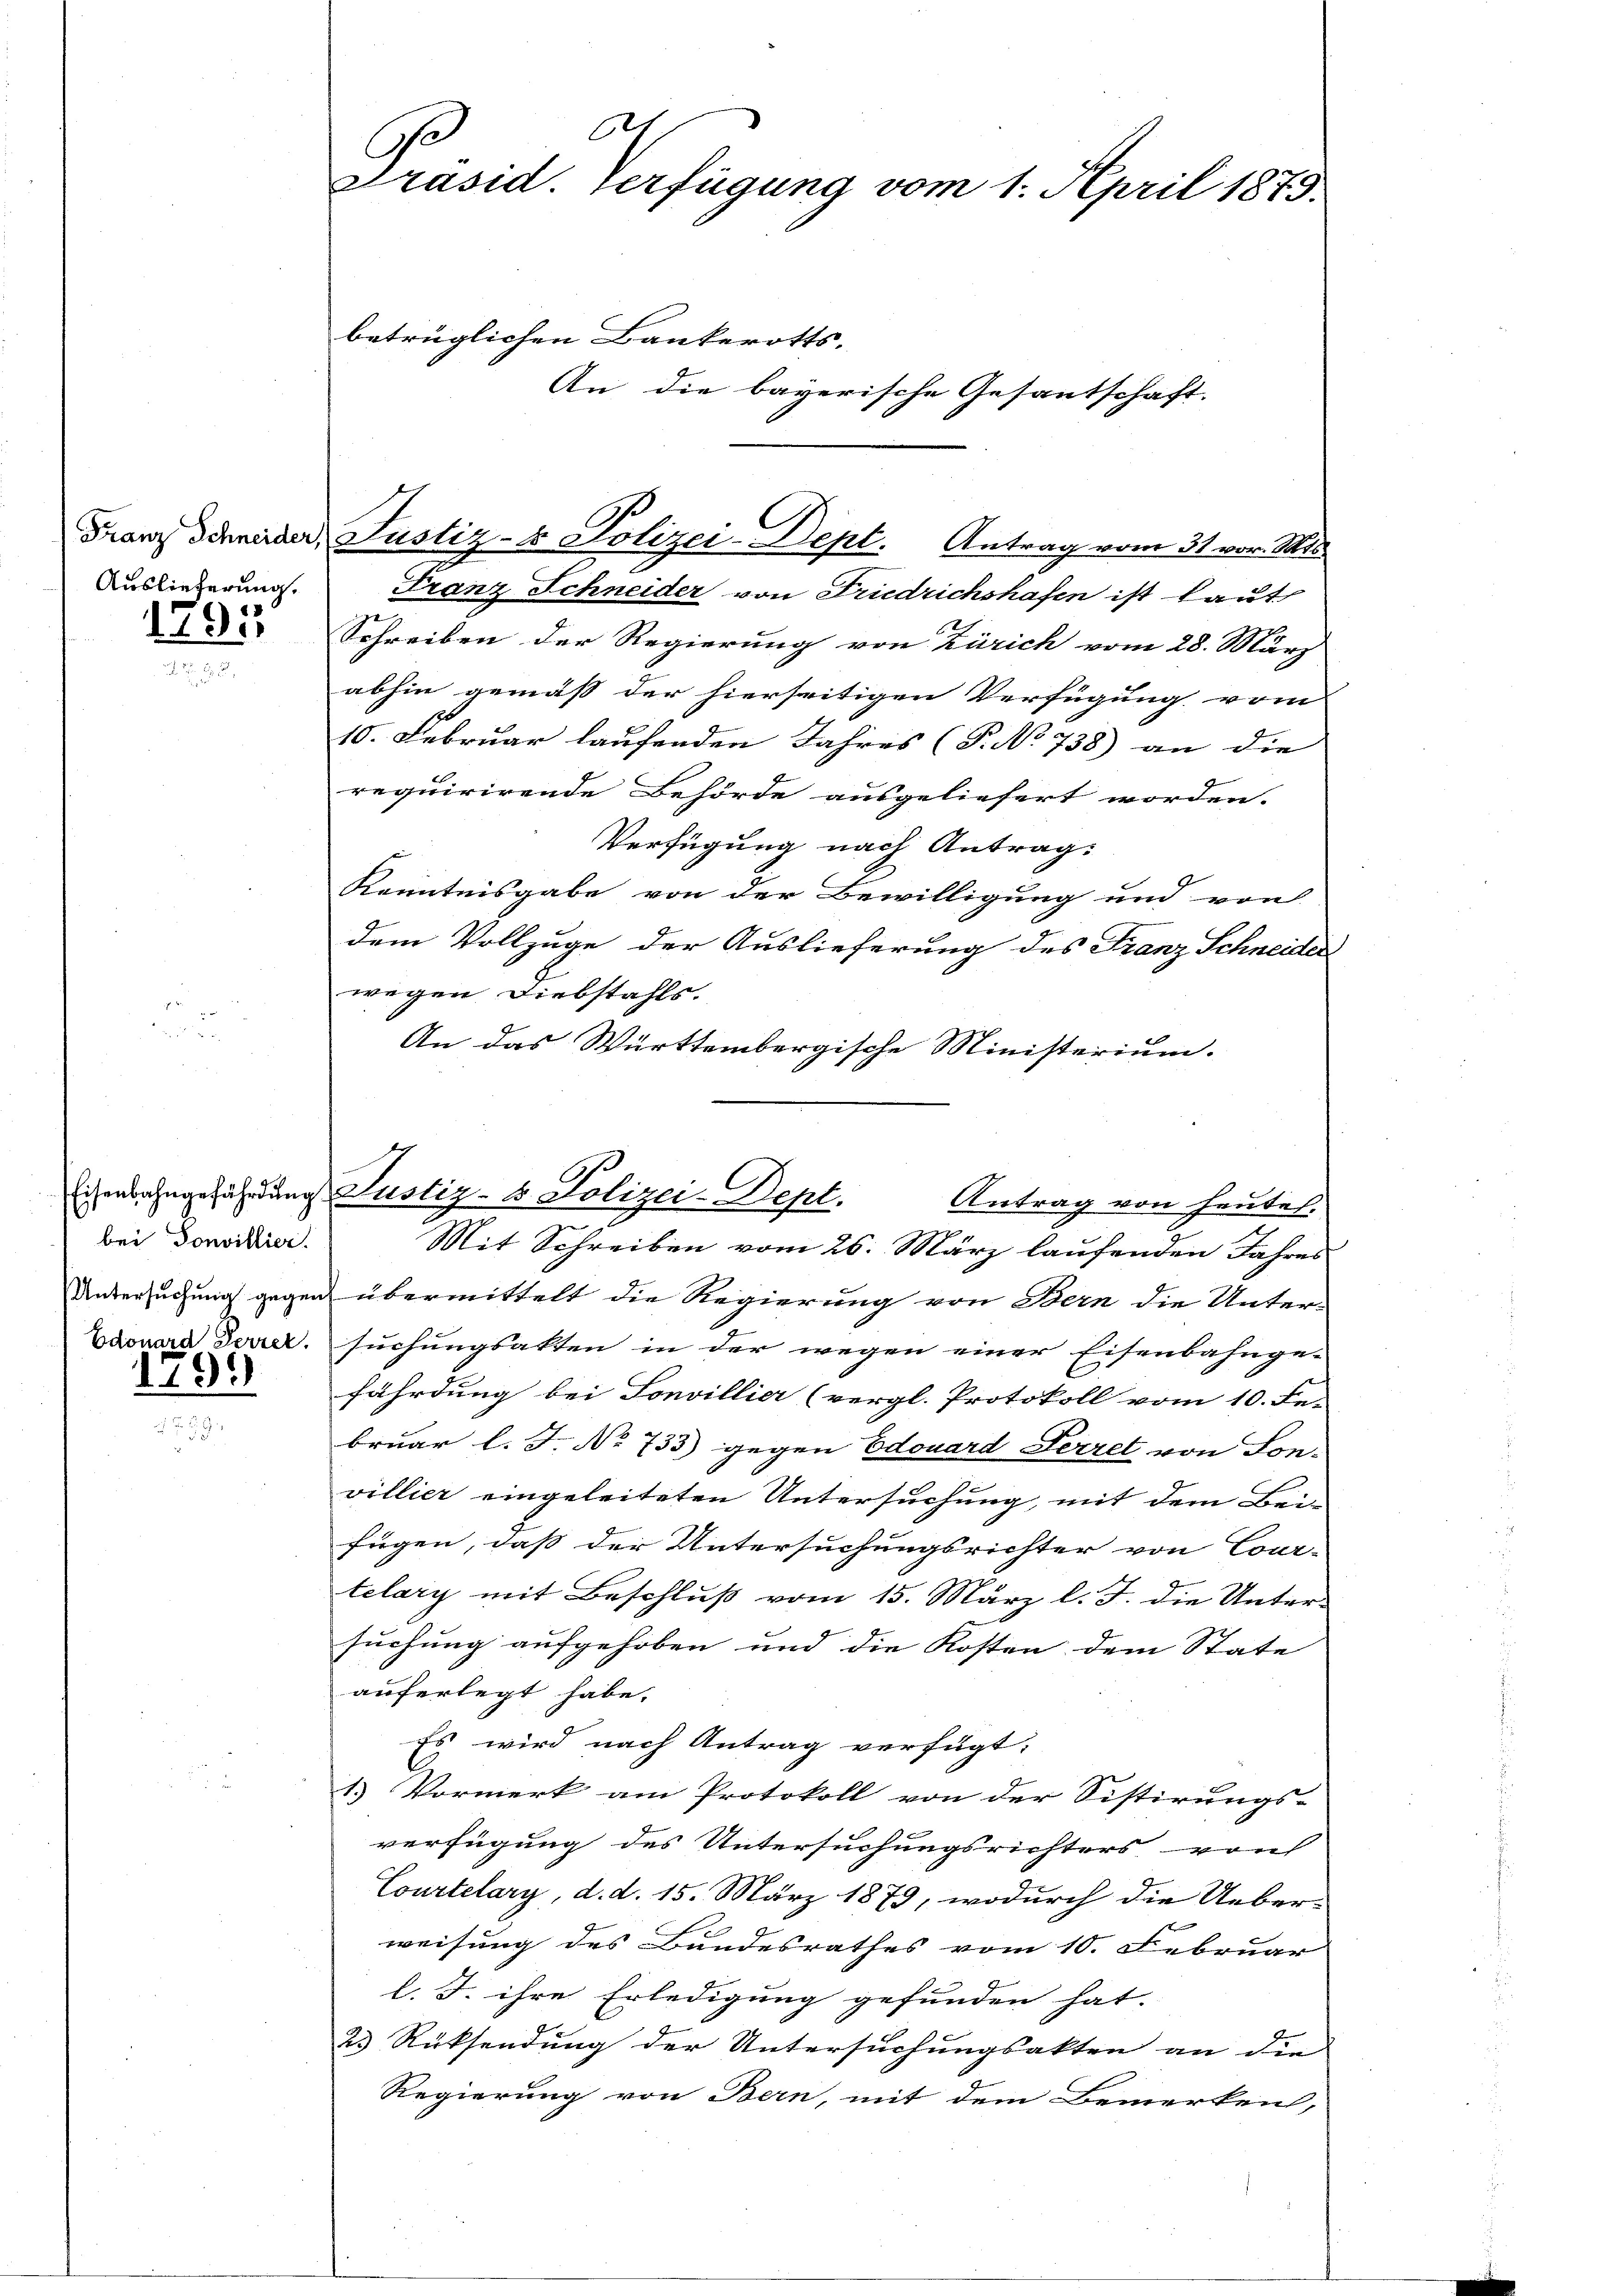
Auslieferung.

1795

Eisenbahngefährdung.
bei Sonvillier.
Untersuchung gegen
Edouard Ferrer.

165

621
Präsid. Verfügung vom 1. April 1875.

An die bayerische Gesantschaft.

Franz Schneider von Friedrichshafen ist laut
Schreiben der Regierung von Zürich vom 28. März
abhin gemäß der hierseitigen Verfügung vom
10. Februar laufenden Jahres (T. No 738) an die
requirirende Behörde ausgeliefert worden.
Verfügung nach Antrag:
Kenntnisgabe von der Bewilligung und von
dem Vollzuge der Auslieferung des Franz Schneider
wegen Diebstahls.
An das Württembergische Ministerium.
 übermittelt die Regierung von Bern die Unter-
suchungsakten in der wegen einer Eisenbahnge-
fährdung bei Sonvillier (vergl. Protokoll vom 10. Be-
bruar l. J. No 733) gegen Edouard Ferret von Son-
villier eingeleiteten Untersuchung, mit dem Bei-
fügen, daß der Untersuchungsrichter von Cour-
telary mit Beschluß vom 15. März l. J. die Unter-
suchung aufgehoben und die Kosten dem State
auferlegt habe.
Es wird nach Antrag verfügt:
1.) Vormerk am Protokoll von der Sistirungs-
verfügung des Untersuchungsrichters von
Courtelary, d. d. 15. März 1879, wodurch die Ueber-
weisung des Bundesrathes vom 10. Februar
l. J. ihre Erledigung gefunden hat.
23 Rücksendung der Untersuchungsakten an die
Regierung von Bern, mit dem Bemerken,

betrüglichen Bankerotts-

Franz Schneider Justiz- & Polizei-Dept. Antrag vom 31. vor. Mts.

Justiz- & Polizei-Dept. Antrag von heutel.
Mit Schreiben vom 26. März laufenden Jahres